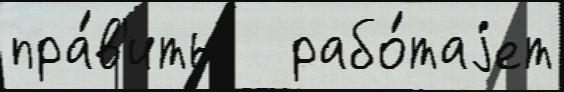
пра́в'ить   рабо́таjет